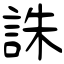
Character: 誅